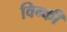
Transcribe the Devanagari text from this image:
विन्की